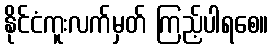
နိုင်ငံကူးလက်မှတ် ကြည့်ပါရစေ။